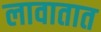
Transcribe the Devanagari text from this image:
लावातात